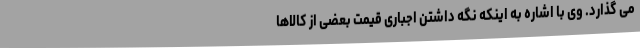
می گذارد. وی با اشاره به اینکه نگه داشتن اجباری قیمت بعضی از کالاها